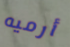
أرميه